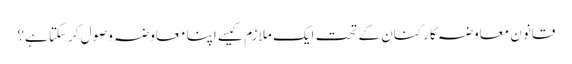
قانون معاوضہ کارکنان کے تحت ایک ملازم کیسے اپنا معاوضہ وصول کرسکتا ہے؟